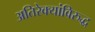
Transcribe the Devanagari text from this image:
अतिरेक्यांविरुद्ध